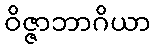
ဝိဇ္ဇာဘာဂိယာ